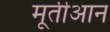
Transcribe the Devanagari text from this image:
मूर्तीआन